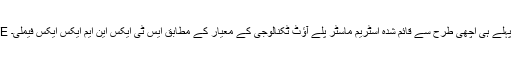
SMPTE اس کے پہلے ہی اچھی طرح سے قائم شدہ اسٹریم ماسٹر پلے آؤٹ ٹکنالوجی کے معیار کے مطابق ایس ٹی ایکس این ایم ایکس ایکس فیملی۔